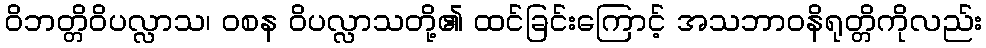
ဝိဘတ္တိဝိပလ္လာသ၊ ဝစန ဝိပလ္လာသတို့၏ ထင်ခြင်းကြောင့် အသဘာဝနိရုတ္တိကိုလည်း